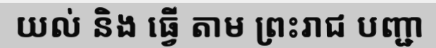
យល់ និង ធ្វើ តាម ព្រះរាជ បញ្ជា